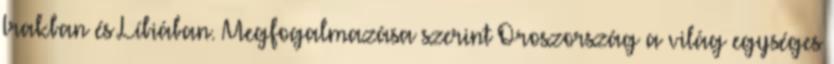
Irakban és Líbiában. Megfogalmazása szerint Oroszország a világ egységes